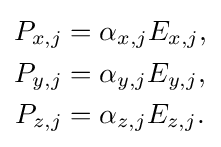
{\begin{aligned}P_{x,j}&=\alpha _{x,j}E_{x,j},\\P_{y,j}&=\alpha _{y,j}E_{y,j},\\P_{z,j}&=\alpha _{z,j}E_{z,j}.\end{aligned}}